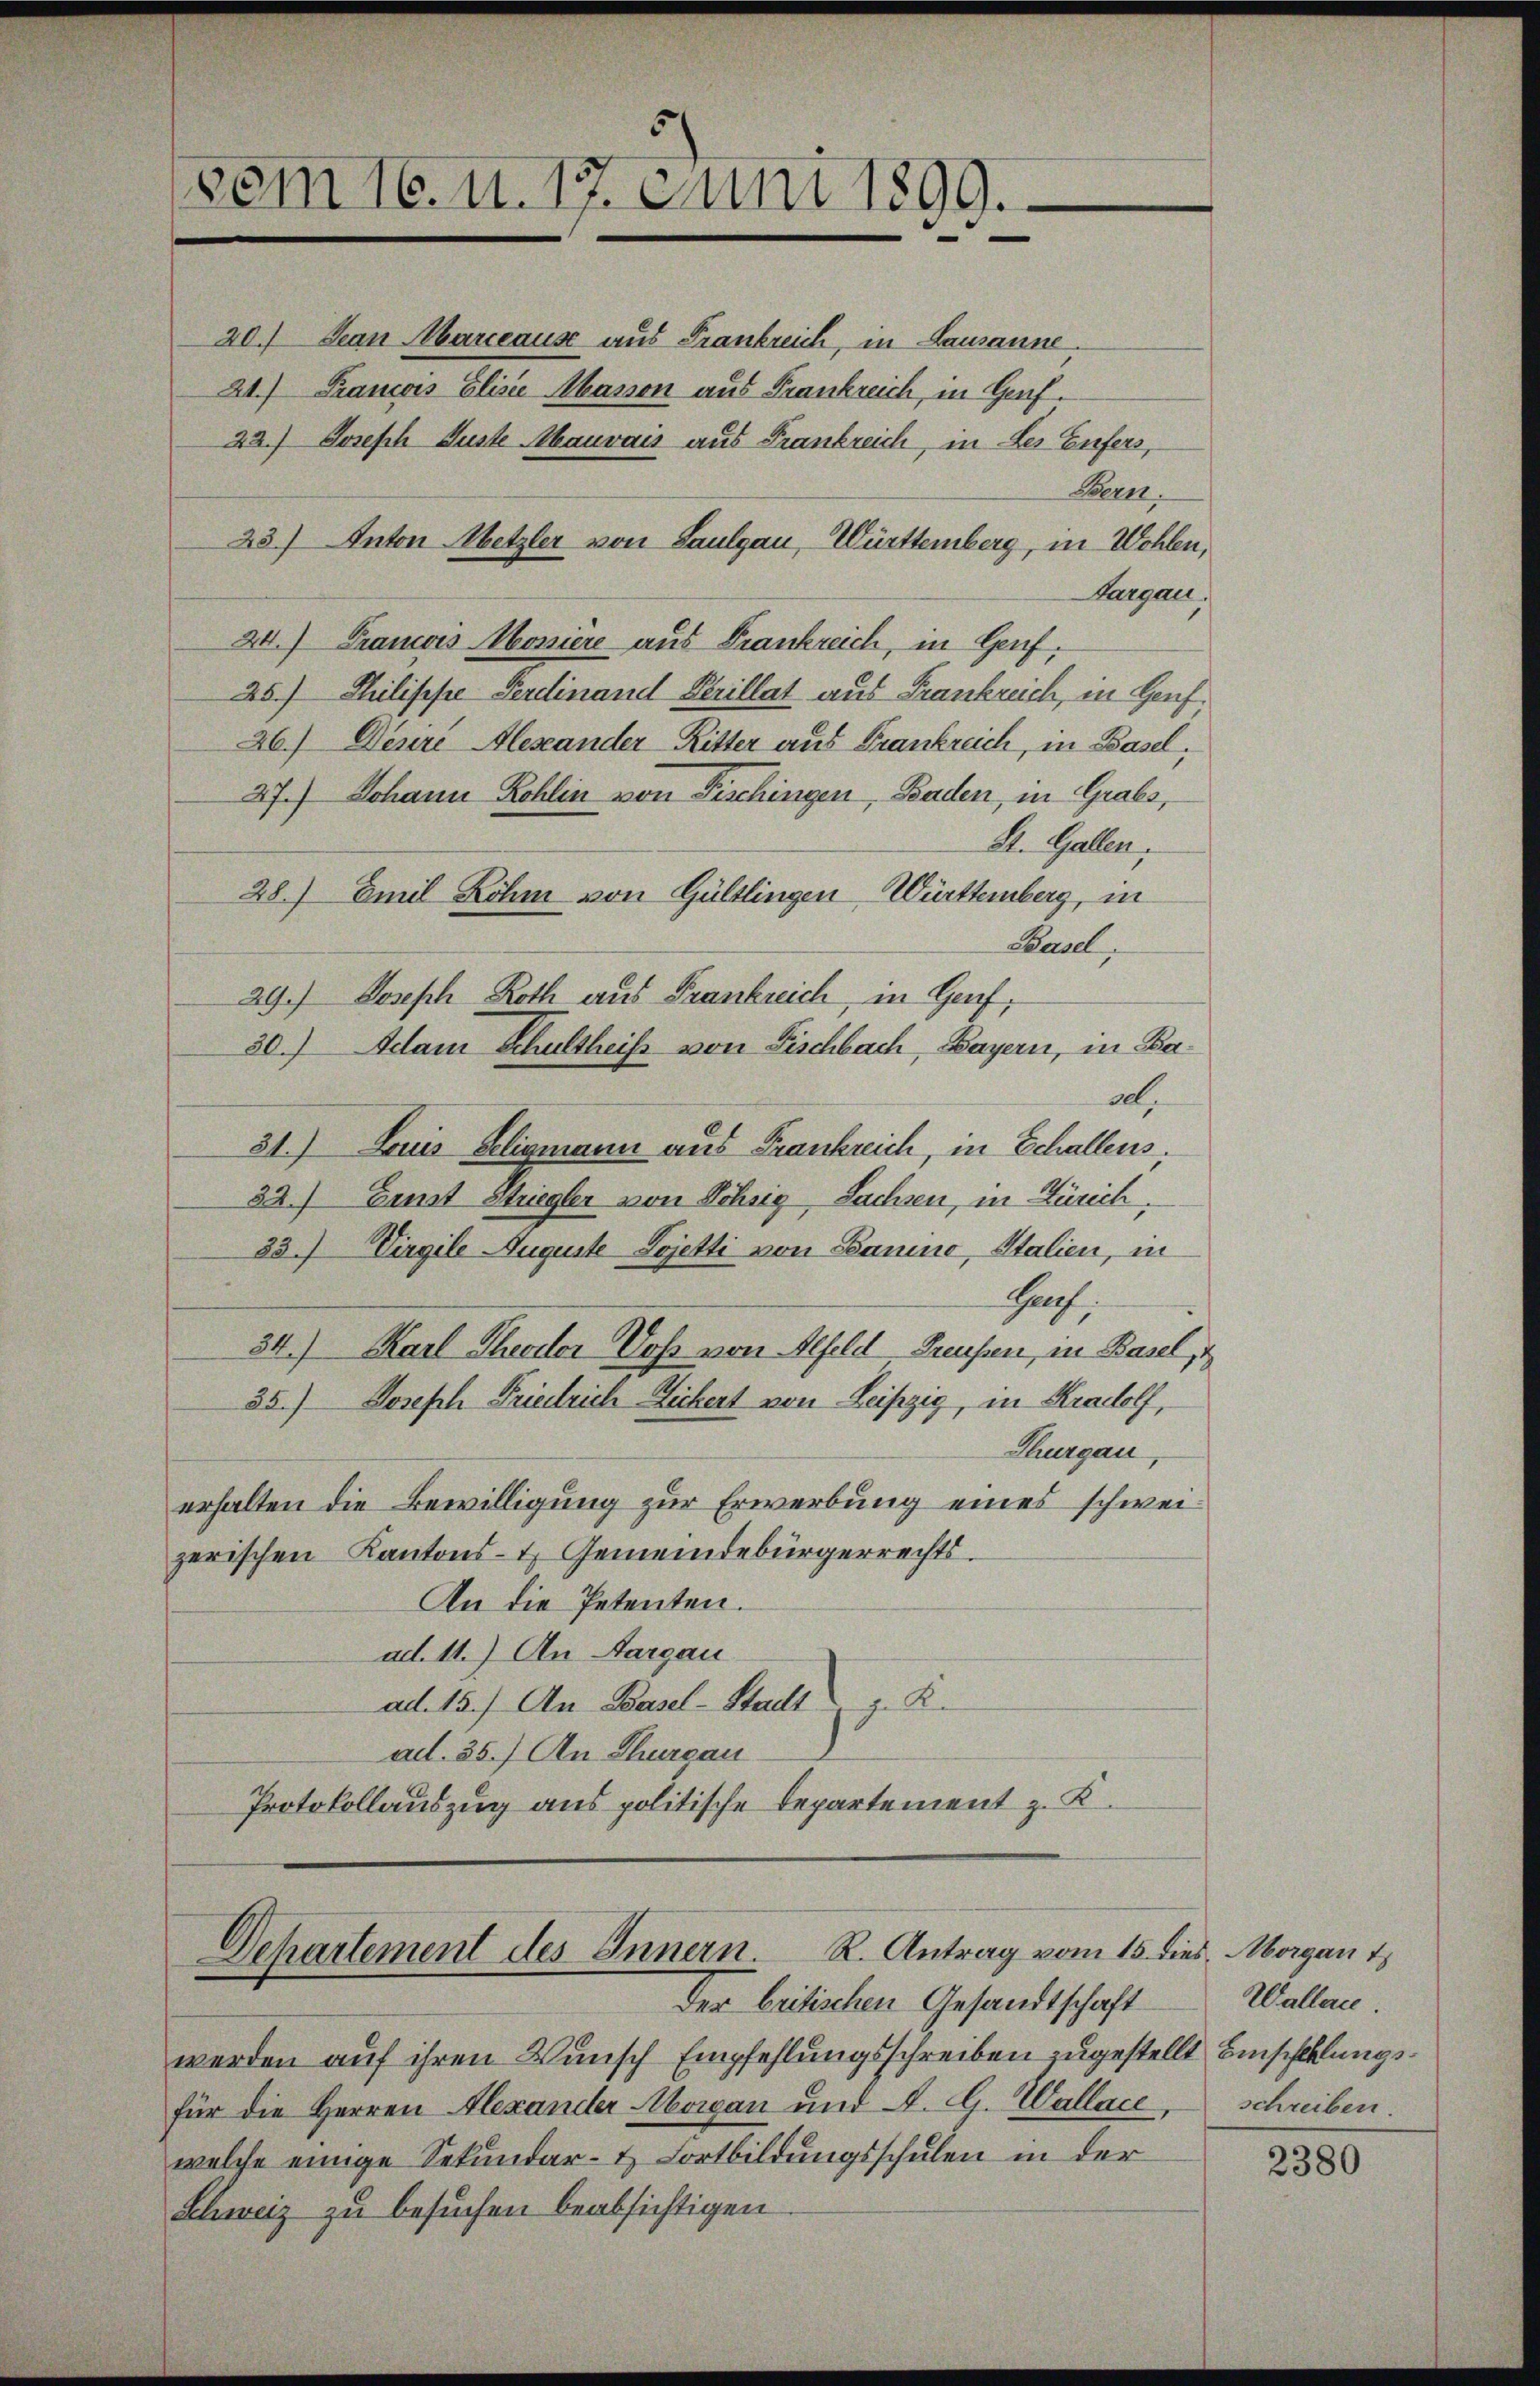
vem 16. u. 17. Juni 1899.

20.) Jean Marceause aus Frankreich, in Lausanne.
21.) Francois Elisie Masson aus Frankreich, in Genf.
22.) Joseph Guste Mauvais aus Frankreich, in Les Eifers,
Bern.
23.) Anton Metzler von Laulgau, Württemberg, in Wohlen,
Aargau.
24.) Francois Mossiere aus Frankreich, in Genf,
25.) Philippe Ferdinand Perillat aus Frankreich, in Genf
26.) Desire Alexander Ritter aus Frankreich, in Basel,
27.) Johann Rohlin von Fischingen, Baden, in Grabs,
St. Gallen,
28.) Emil Rohm von Gültlingen Württemberg, in
Baul
29.) Joseph Roth aus Frankreich, in Genf,
ad.
31.) Louis Seligmann aus Frankreich, in Schallens,
32.) Einst Striegler von Schsig Sachsen, in Zürich,
33.) Virgile Auguste Lojetti von Bauine, Stalien, in
Haf,
34.) Karl Theodor Dos von Alfeld Preußen, in Basel,
35.) Joseph Friedrich Zichert von Leipzig, in Kradolf,
Thurgau,
erhalten die Bewilligung zur Erwerbung eines schweizerischen Kantons- & Gemeindebürgerrechts.
An die Petenten.
ad. 11.) An Aargau
ad. 15.) An Basel-Stadt v. K.
ad. 35.) An Thurgau
Protokollauszug aus politische Departement z. K.

30.) Adam Schultheiß von Fischbach, Bayern, in Ba¬

Dehartement des Innern. R. Antrag vom 15. dies Morgan t
Der britischen Gesandtschaft

werden auf ihren Wunsch Empfehlungsschreiben zugestellt Einschlungsfür die Herren Alexander Mowan und A. G. Wallace, schreiben.
welche einige Sekundar- & Fortbildungsschulen in der
Schweiz zu besuchen beabsichtigen

Wallen.

2380